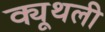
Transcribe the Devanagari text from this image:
क्यूथली